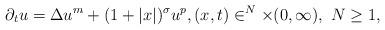
LaTeX: \begin{align*}\partial_tu=\Delta u^m+(1+|x|)^{\sigma}u^p, (x,t)\in \real^N\times(0,\infty), \ N\geq1,\end{align*}